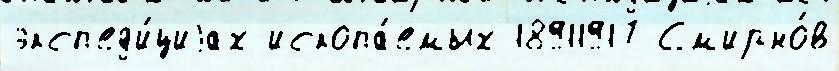
эксп'ед'и́циjах ископа́емых 18911917 См'ирно́в